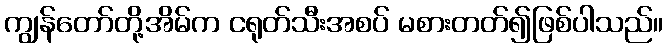
ကျွန်တော်တို့အိမ်က ငရုတ်သီးအစပ် မစားတတ်၍ဖြစ်ပါသည်။